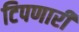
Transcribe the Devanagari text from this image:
टिपणारी